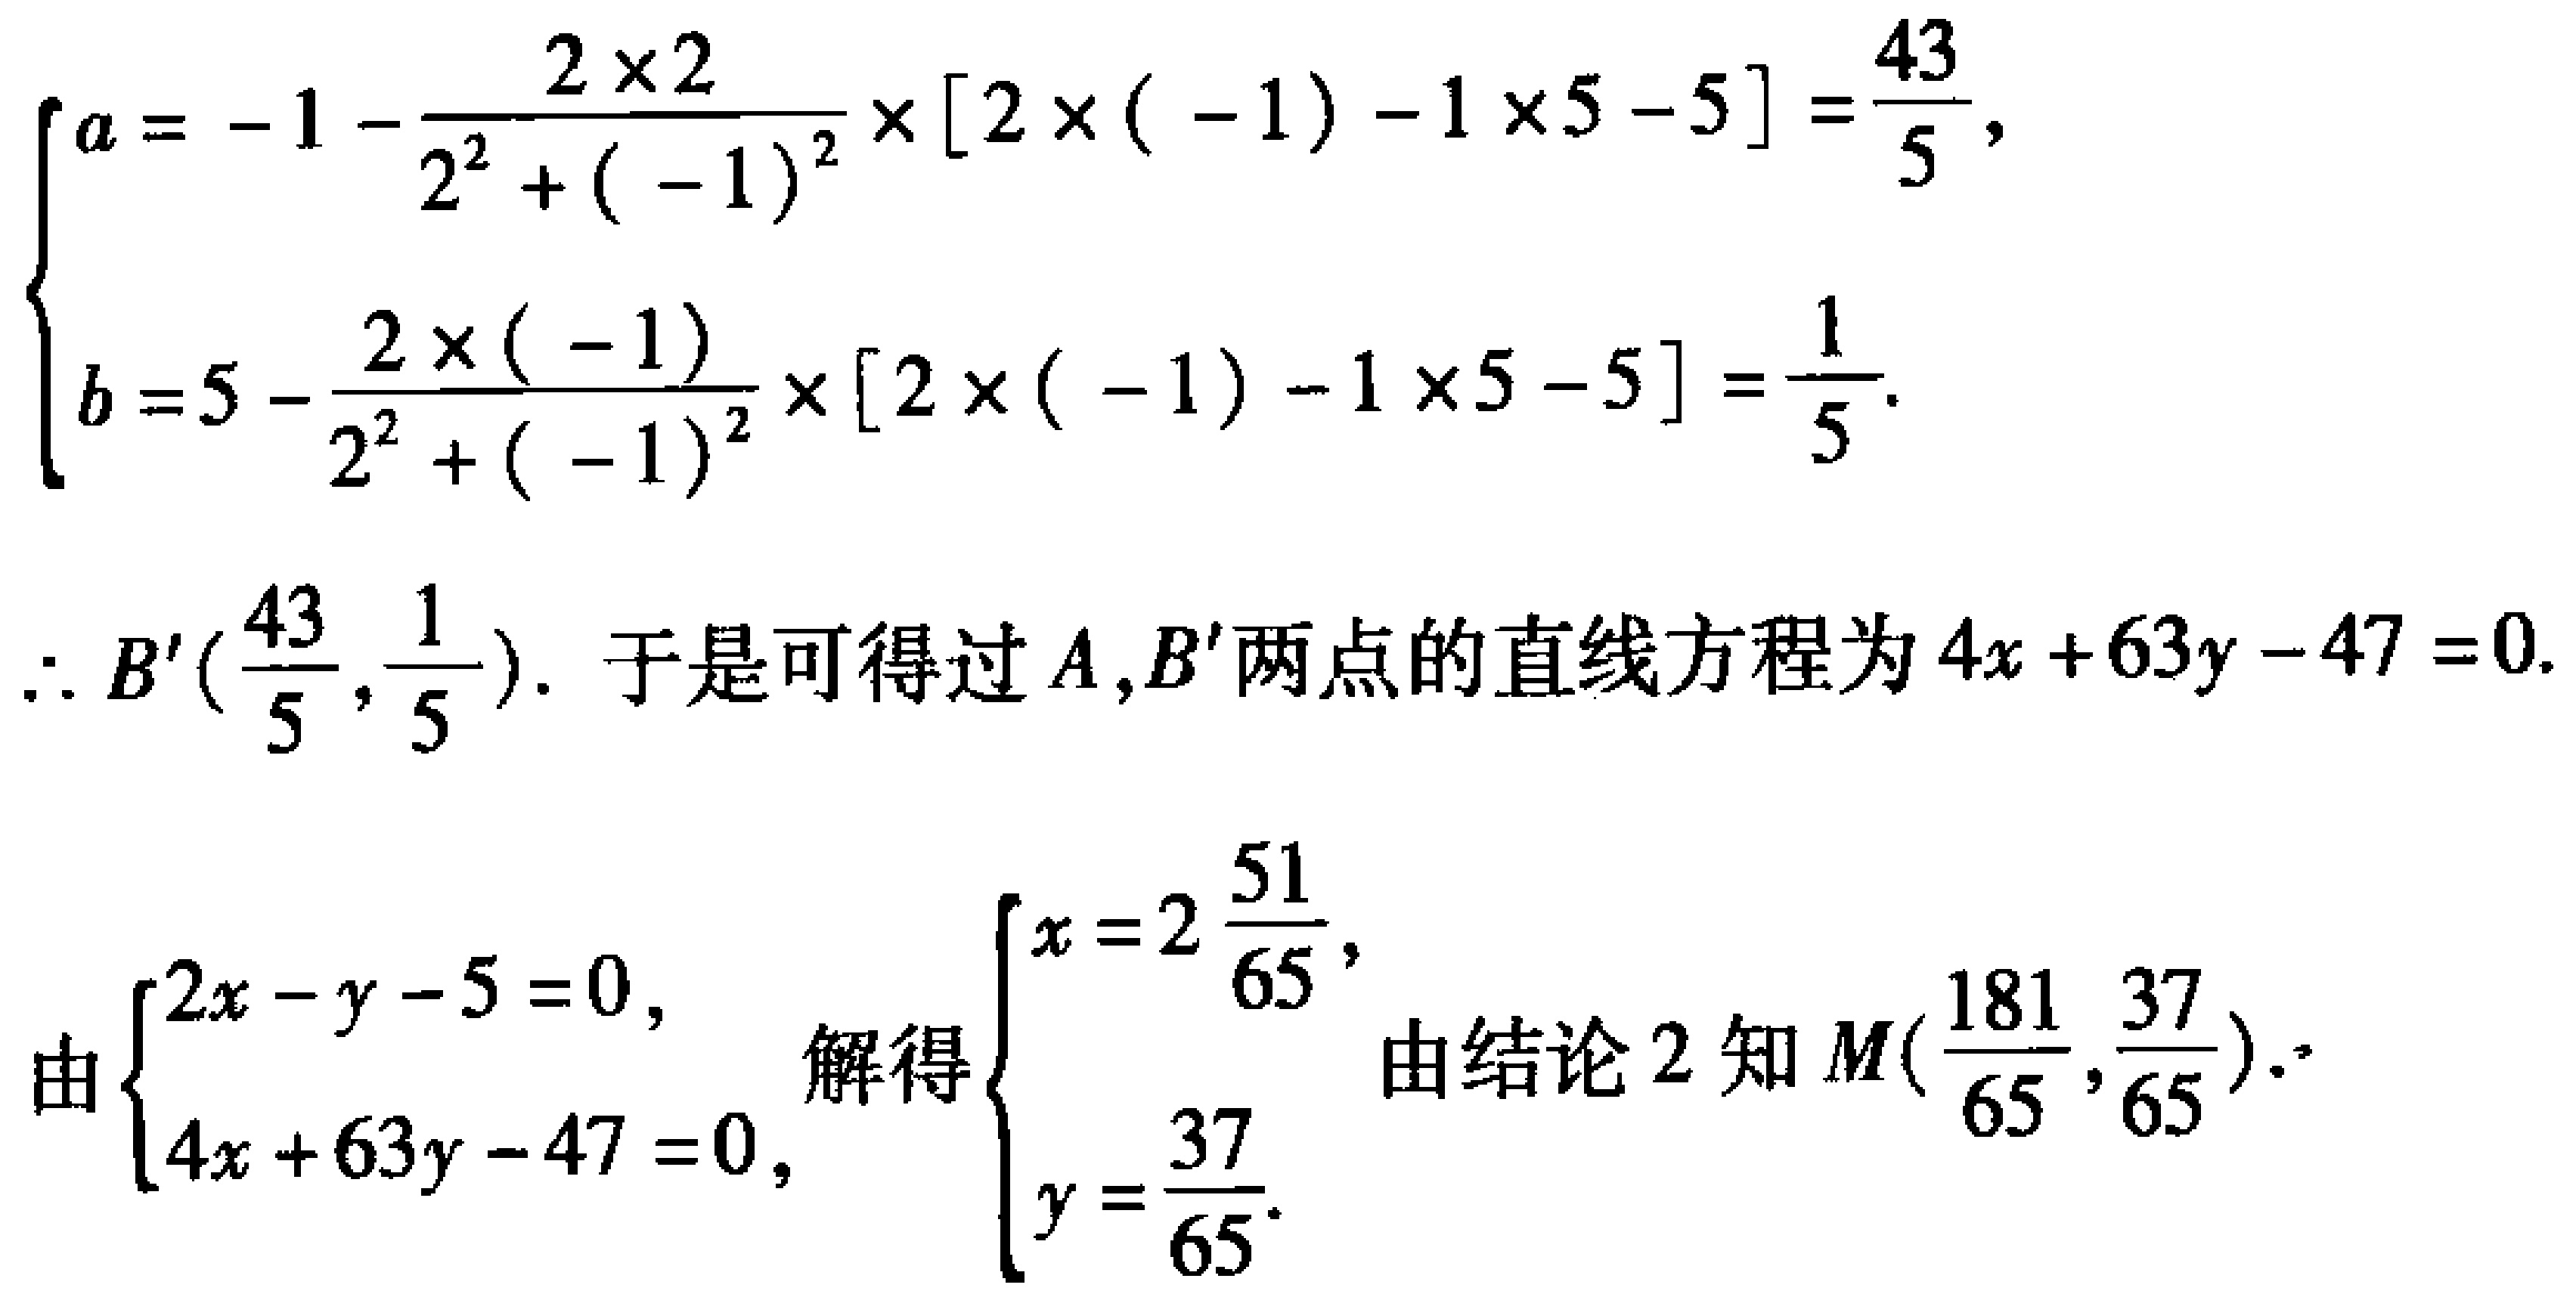
\[
\begin{cases}
a = -1 - \frac{2\times2}{2^{2}+(-1)^{2}}\times[2\times(-1)-1\times5 - 5]=\frac{43}{5},\\
b = 5 - \frac{2\times(-1)}{2^{2}+(-1)^{2}}\times[2\times(-1)-1\times5 - 5]=\frac{1}{5}.
\end{cases}
\]
\(\therefore B'(\frac{43}{5},\frac{1}{5})\). 于是可得过\(A,B'\)两点的直线方程为\(4x + 63y-47 = 0\).

由\(\begin{cases}2x - y - 5 = 0,\\4x + 63y - 47 = 0,\end{cases}\)解得\(\begin{cases}x = 2\frac{51}{65},\\y=\frac{37}{65}.\end{cases}\) 由结论\(2\)知\(M(\frac{181}{65},\frac{37}{65})\).